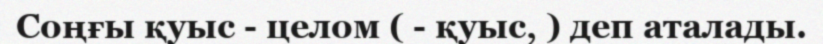
Соңғы қуыс - целом ( - қуыс, ) деп аталады.